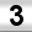
Digit: 3